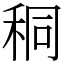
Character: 秱